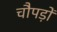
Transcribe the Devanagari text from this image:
चौपड़ों